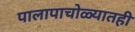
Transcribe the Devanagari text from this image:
पालापाचोळ्यातही